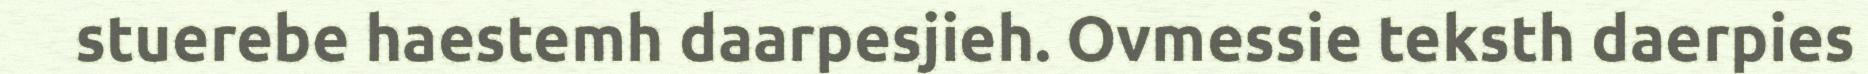
stuerebe haestemh daarpesjieh. Ovmessie teksth daerpies